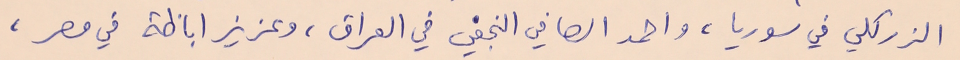
الزركلي في سوريا، واحمد الصافي النجفي في العراق، وعزيز اباظة في مصر،